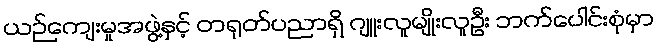
ယဉ်ကျေးမှုအဖွဲ့နှင့် တရုတ်ပညာရှိ ဂျူးလူမျိုးလူဦး ဘက်ပေါင်းစုံမှာ